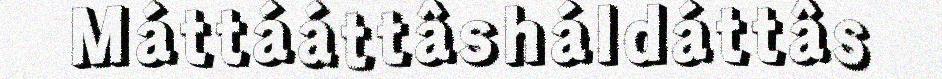
Máttááttâsháldáttâs